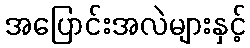
အပြောင်းအလဲများနှင့်